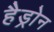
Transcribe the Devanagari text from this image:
हैड्रोन